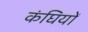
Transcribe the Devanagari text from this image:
कंघियों